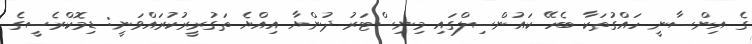
ގެ އިންސާނީ ހައްގުތަކާ ބެހޭ ކައުންސިލްގައި މިނިސްޓަރު ދުންޔާ އިއްޔެ ތަގުރީރުކުރައްވަނީ: ޑިމޮކްރެސީގެ